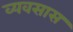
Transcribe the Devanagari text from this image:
व्यवसास